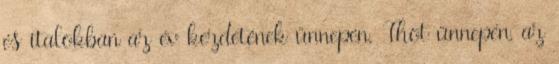
és italokban az év kezdetének ünnepén, Thot ünnepén, az